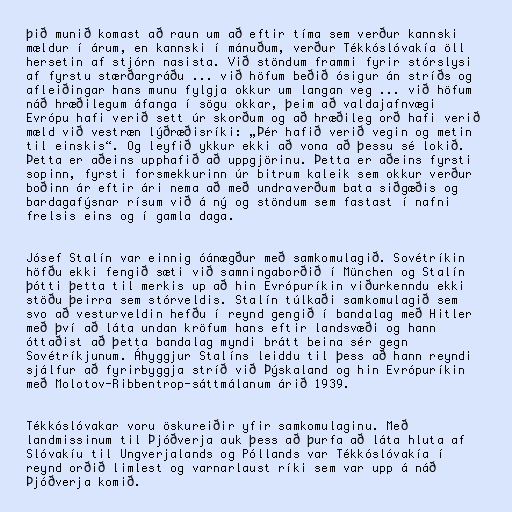
þið munið komast að raun um að eftir tíma sem verður kannski
mældur í árum, en kannski í mánuðum, verður Tékkóslóvakía öll
hersetin af stjórn nasista. Við stöndum frammi fyrir stórslysi
af fyrstu stærðargráðu ... við höfum beðið ósigur án stríðs og
afleiðingar hans munu fylgja okkur um langan veg ... við höfum
náð hræðilegum áfanga í sögu okkar, þeim að valdajafnvægi
Evrópu hafi verið sett úr skorðum og að hræðileg orð hafi verið
mæld við vestræn lýðræðisríki: „Þér hafið verið vegin og metin
til einskis“. Og leyfið ykkur ekki að vona að þessu sé lokið.
Þetta er aðeins upphafið að uppgjörinu. Þetta er aðeins fyrsti
sopinn, fyrsti forsmekkurinn úr bitrum kaleik sem okkur verður
boðinn ár eftir ári nema að með undraverðum bata siðgæðis og
bardagafýsnar rísum við á ný og stöndum sem fastast í nafni
frelsis eins og í gamla daga.

Jósef Stalín var einnig óánægður með samkomulagið. Sovétríkin
höfðu ekki fengið sæti við samningaborðið í München og Stalín
þótti þetta til merkis up að hin Evrópuríkin viðurkenndu ekki
stöðu þeirra sem stórveldis. Stalín túlkaði samkomulagið sem
svo að vesturveldin hefðu í reynd gengið í bandalag með Hitler
með því að láta undan kröfum hans eftir landsvæði og hann
óttaðist að þetta bandalag myndi brátt beina sér gegn
Sovétríkjunum. Áhyggjur Stalíns leiddu til þess að hann reyndi
sjálfur að fyrirbyggja stríð við Þýskaland og hin Evrópuríkin
með Molotov-Ribbentrop-sáttmálanum árið 1939.

Tékkóslóvakar voru öskureiðir yfir samkomulaginu. Með
landmissinum til Þjóðverja auk þess að þurfa að láta hluta af
Slóvakíu til Ungverjalands og Póllands var Tékkóslóvakía í
reynd orðið limlest og varnarlaust ríki sem var upp á náð
Þjóðverja komið.